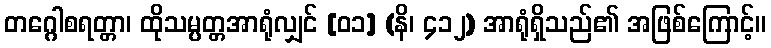
တဂ္ဂေါစရတ္တာ၊ ထိုသမ္ပတ္တအာရုံလျှင် [၀၁] (နိ၊ ၄၁၂) အာရုံရှိသည်၏ အဖြစ်ကြောင့်။